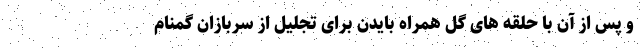
و پس از آن با حلقه های گل همراه بایدن برای تجلیل از سربازان گمنام